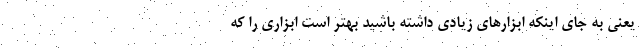
یعنی به جای اینکه ابزارهای زیادی داشته باشید بهتر است ابزاری را که